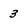
Character: 3